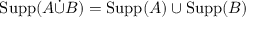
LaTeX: \operatorname { S u p p } ( A { \dot { \cup } } B ) = \operatorname { S u p p } ( A ) \cup \operatorname { S u p p } ( B )